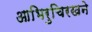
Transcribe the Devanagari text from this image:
आभिरुचिरखने